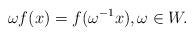
LaTeX: \begin{align*}\omega f(x) = f(\omega^{-1}x), \omega \in W.\end{align*}